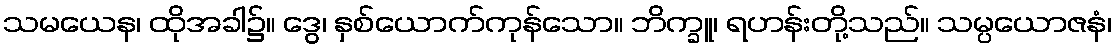
သမယေန၊ ထိုအခါ၌။ ဒွေ၊ နှစ်ယောက်ကုန်သော။ ဘိက္ခူ၊ ရဟန်းတို့သည်။ သမ္ပယောဇနံ၊